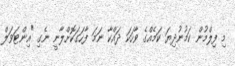
މި ފިލްމުން ކަމުނުދިޔަ ކަމެއްގެ ވާހަކަ ދައްކާ ނަމަ ފާހަގަކޮށްލާނީ ނެގި "އިންޓަވަލް